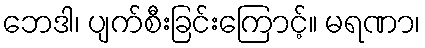
ဘေဒါ၊ ပျက်စီးခြင်းကြောင့်။ မရဏာ၊